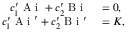
\begin{array} { r l } { c _ { 1 } ^ { \prime } \mathrm { ~ A ~ i ~ } + c _ { 2 } ^ { \prime } \mathrm { ~ B ~ i ~ } } & { { } = 0 , } \\ { c _ { 1 } ^ { \prime } \mathrm { ~ A ~ i ~ } ^ { \prime } + c _ { 2 } ^ { \prime } \mathrm { ~ B ~ i ~ } ^ { \prime } } & { { } = K , } \end{array}